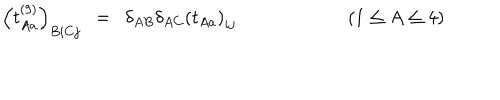
LaTeX: \left( t _ { A a } ^ { ( 9 ) } \right) _ { B i C j } \ \ = \ \ \delta _ { A B } \delta _ { A C } \left( t _ { A a } \right) _ { i j } \qquad \qquad \qquad ( 1 \leq A \leq 4 ) \qquad \qquad \qquad \quad